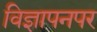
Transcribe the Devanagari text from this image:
विज्ञापनपर